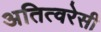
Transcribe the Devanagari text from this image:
अतित्वरेसी